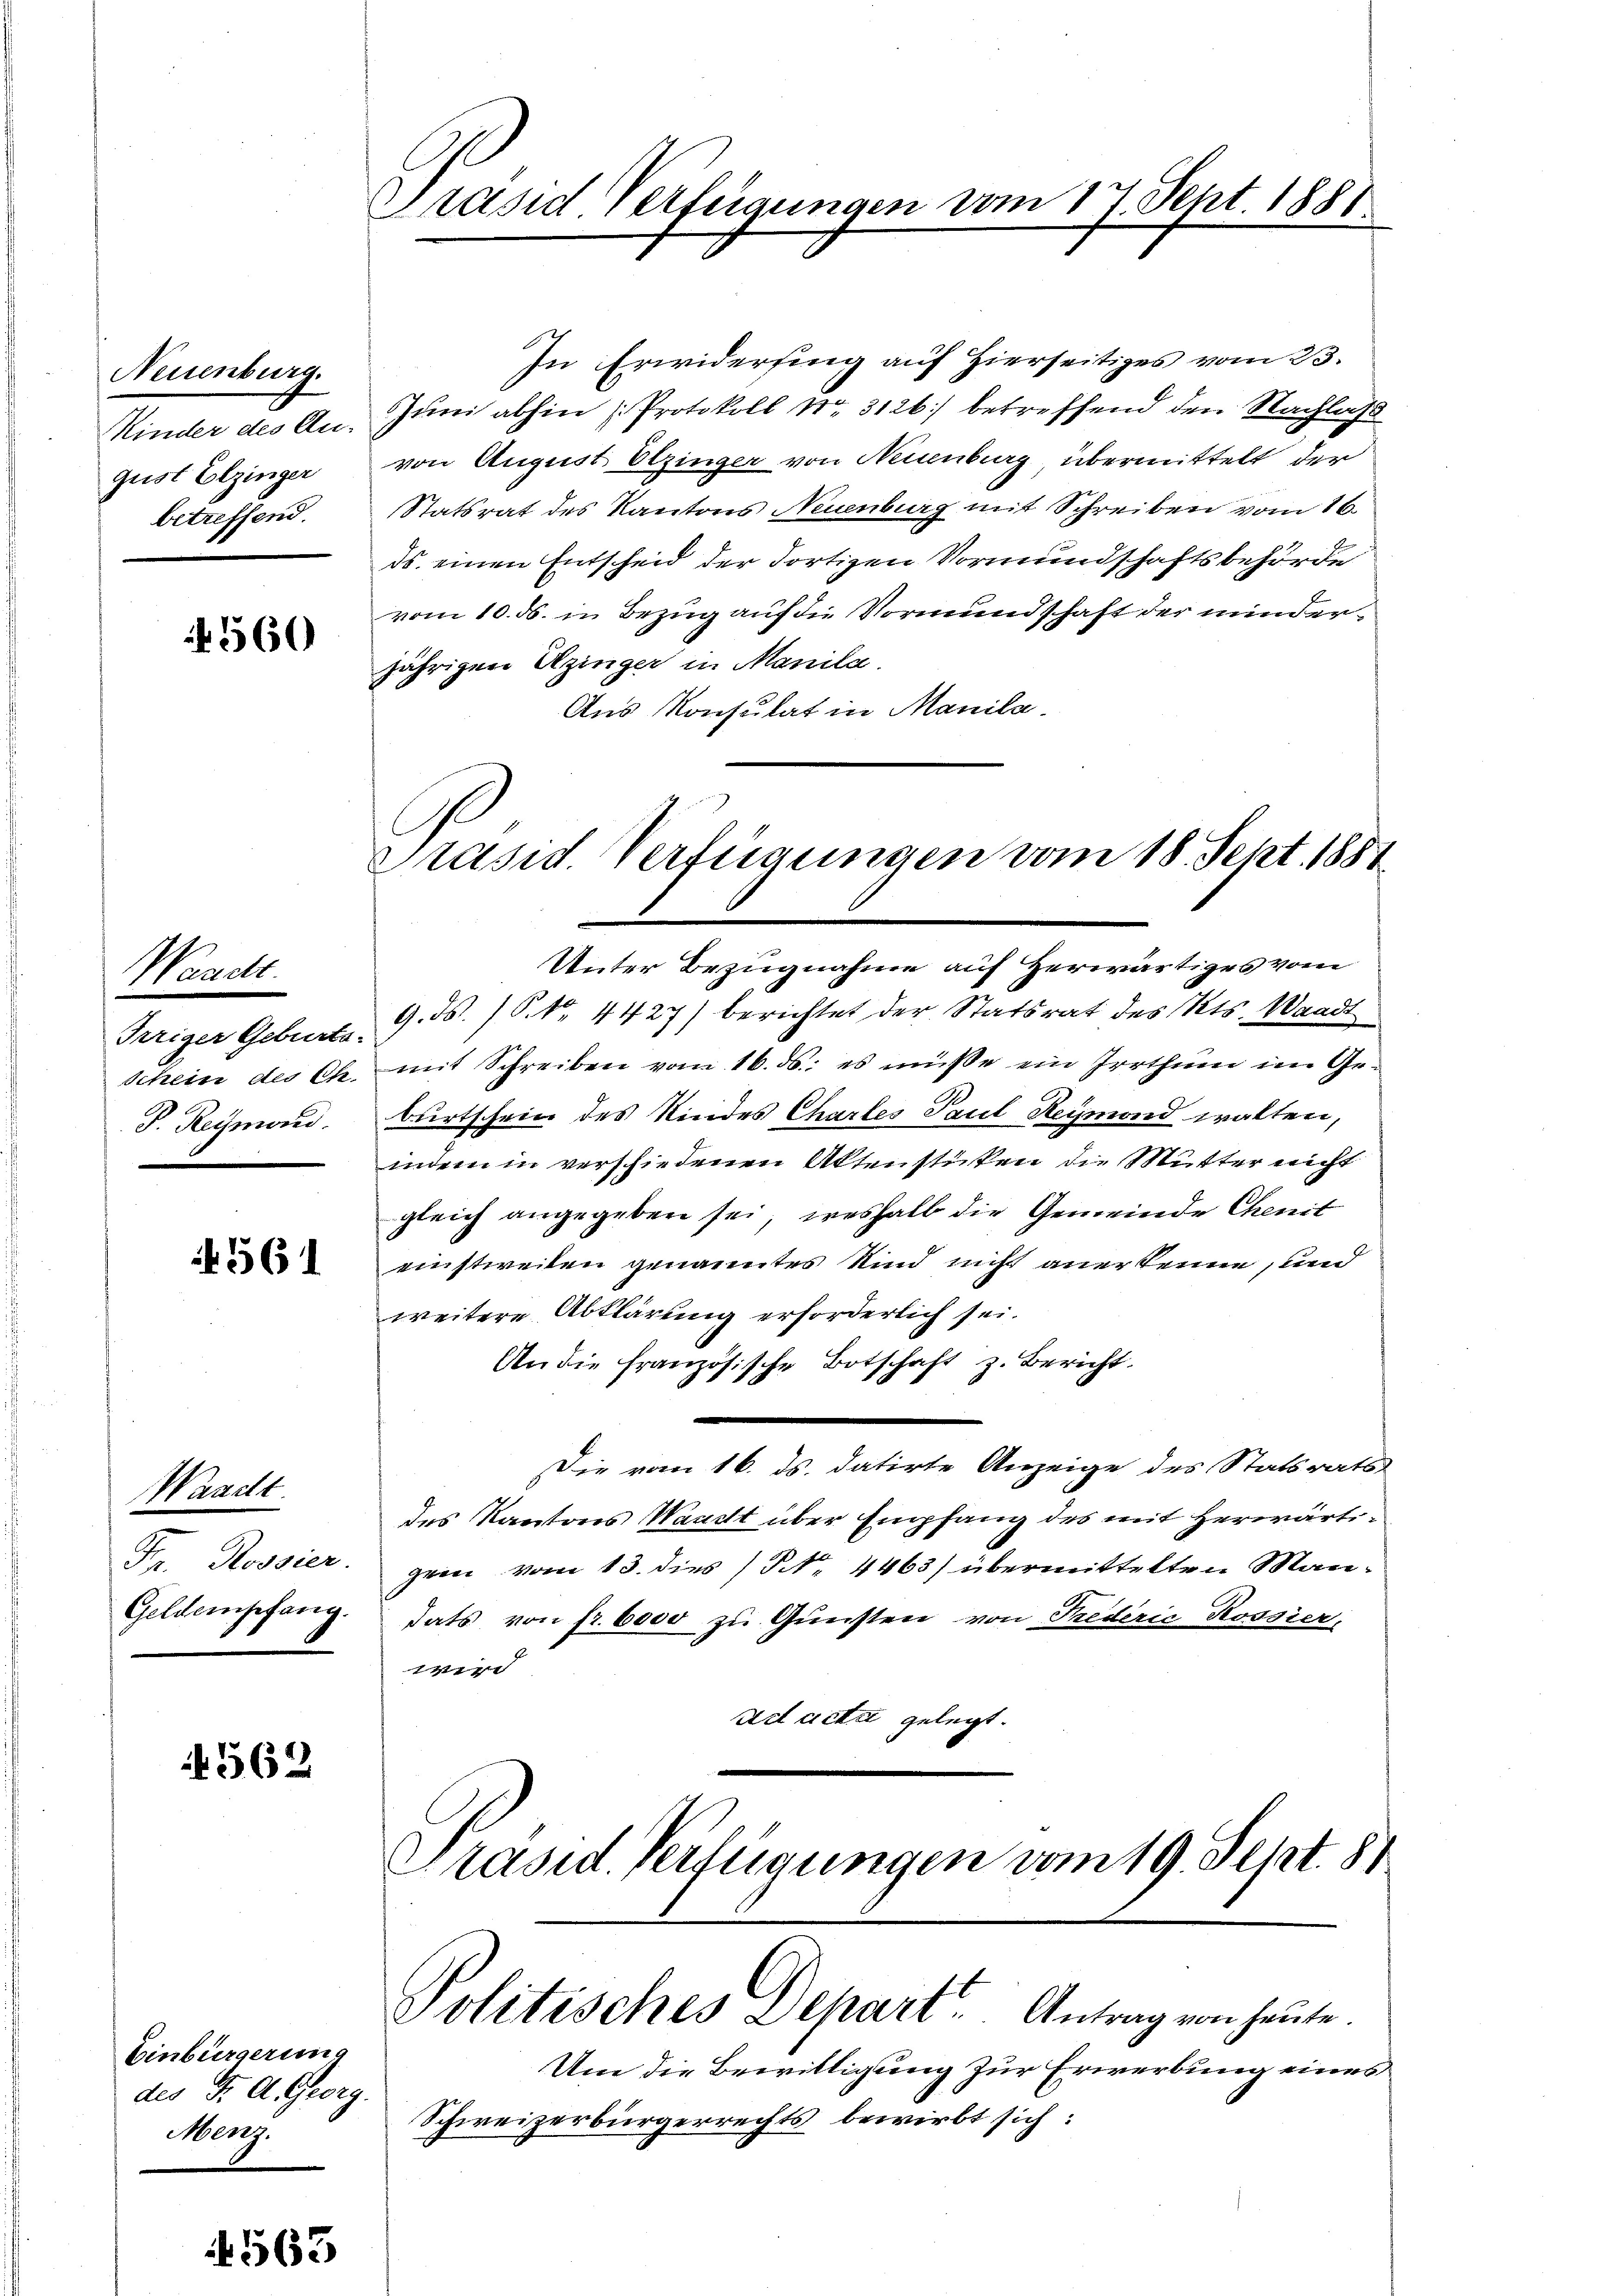
Neuenburg.
Minder des An-
gust Elzinger
betreffend.

560

Waadt.
Trriger Geburts-
Schein des Ch.
F. Rechmand.

561

Waadt
Fr. Rossier
Geldempfang.

562

Einbürgerung
des J. A. Georg
Menz.

1563

Präsid Verfeigungen vom 17. Sept. 1881

In Erwidersing auf Hierseitiges vom 23.
Juni abhin (Protokoll Nr. 3126) betreffend den Nachlass
von August Otzinger von Neuenburg übermittelt der
Statsrat des Kantons Neuenburg mit Schreiben vom 16.
ds. einen Entscheid der dortigen Vormundschaftsbehörde
vom 10. ds. in Bezug auf die Vormundschaft der minderjährigen Utzinger in Manila.
Aus Konsulat in Manila.
9. d. P. Nr. 4427) berichtet der Statsrat des Kts. Waadt
mit Schreiben vom 16. ds. es müße ein Irrthum im Geburtschein des Kindes Chartes Paul Reymond walten,
indem in verschiedenen Aktenstücken die Mutter nicht
gleich angegeben sei, weshalb die Gemeinde Chenit
einstweilen genanntes Kind nicht anerkenne, und
weitere Abklärung erforderlich sei.
An die französische Botschaft z. Bericht.
1
Die vom 16. ds. datirte Anzeige des Statsrath
des Kantons Waadt über Empfang des mit herwärtigern vom 13. dies N. 4463) übermittelten Mandats von fr. 6000 zu Gunsten von Frederić Rossier-
 |
ad acti gelegt.
Präsid. Verfügungen vom 19. Sept. 81
Politisches Depart Antrag von heute.
Um die Bewilligung zur Erwerbung eines
Schweizerbürgerrechts bewirbt sich:

Präsid. Verfügungen vom 18. Sept. 1881
Unter Bezugnahme auf Herwärtiges vom